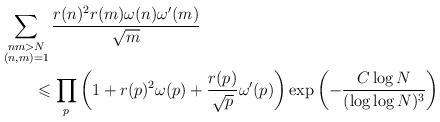
LaTeX: \begin{align*}&\sum_{\substack{nm>N\\ (n,m)=1}}\frac{r(n)^2r(m)\omega(n)\omega'(m)}{\sqrt{m}}\\&\qquad\leqslant\prod_p\left(1+r(p)^2\omega(p)+\frac{r(p)}{\sqrt{p}}\omega'(p)\right)\exp\left(-\frac{C\log N}{(\log\log N)^3}\right)\end{align*}